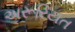
અરૂરિયત